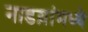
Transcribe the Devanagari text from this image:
नाडय़ांमध्ये